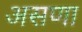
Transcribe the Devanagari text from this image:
असणा